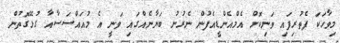
މިވާހަކަ ފެތުރިފައި ވަނިކޮށް އެމްއެންޑީއެފުން ނެރުނު ބަޔާނެއްގައި ވަނީ އެ މުއައްސަސާއާ ގުޅޭގޮތުން